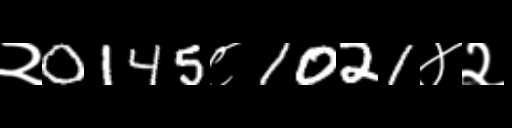
Text: २0145८1021४२